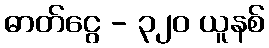
ဓာတ်ငွေ - ၃၂၀ ယူနစ်